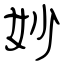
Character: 妙